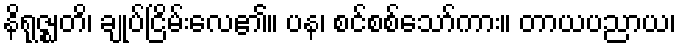
နိရုဇ္ဈတိ၊ ချုပ်ငြိမ်းလေ၏။ ပန၊ စင်စစ်သော်ကား။ တာယပညာယ၊